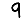
Digit: 9